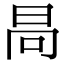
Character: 𣅻